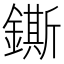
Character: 鐁